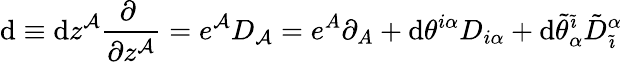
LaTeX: \mathrm{d}\equiv\mathrm{d}z^{{\cal A}}\frac{\partial~}{\partial z^{{\cal A}}}=e^{{\cal A}}D_{{\cal A}}=e^{A}\partial_{A}+\mathrm{d}\theta^{i\alpha}D_{i\alpha}+\mathrm{d}\tilde{\theta}_{\alpha}^{\tilde{\imath}}{\tilde{D}}_{\tilde{\imath}}^{\alpha}